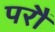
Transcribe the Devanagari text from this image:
परौं